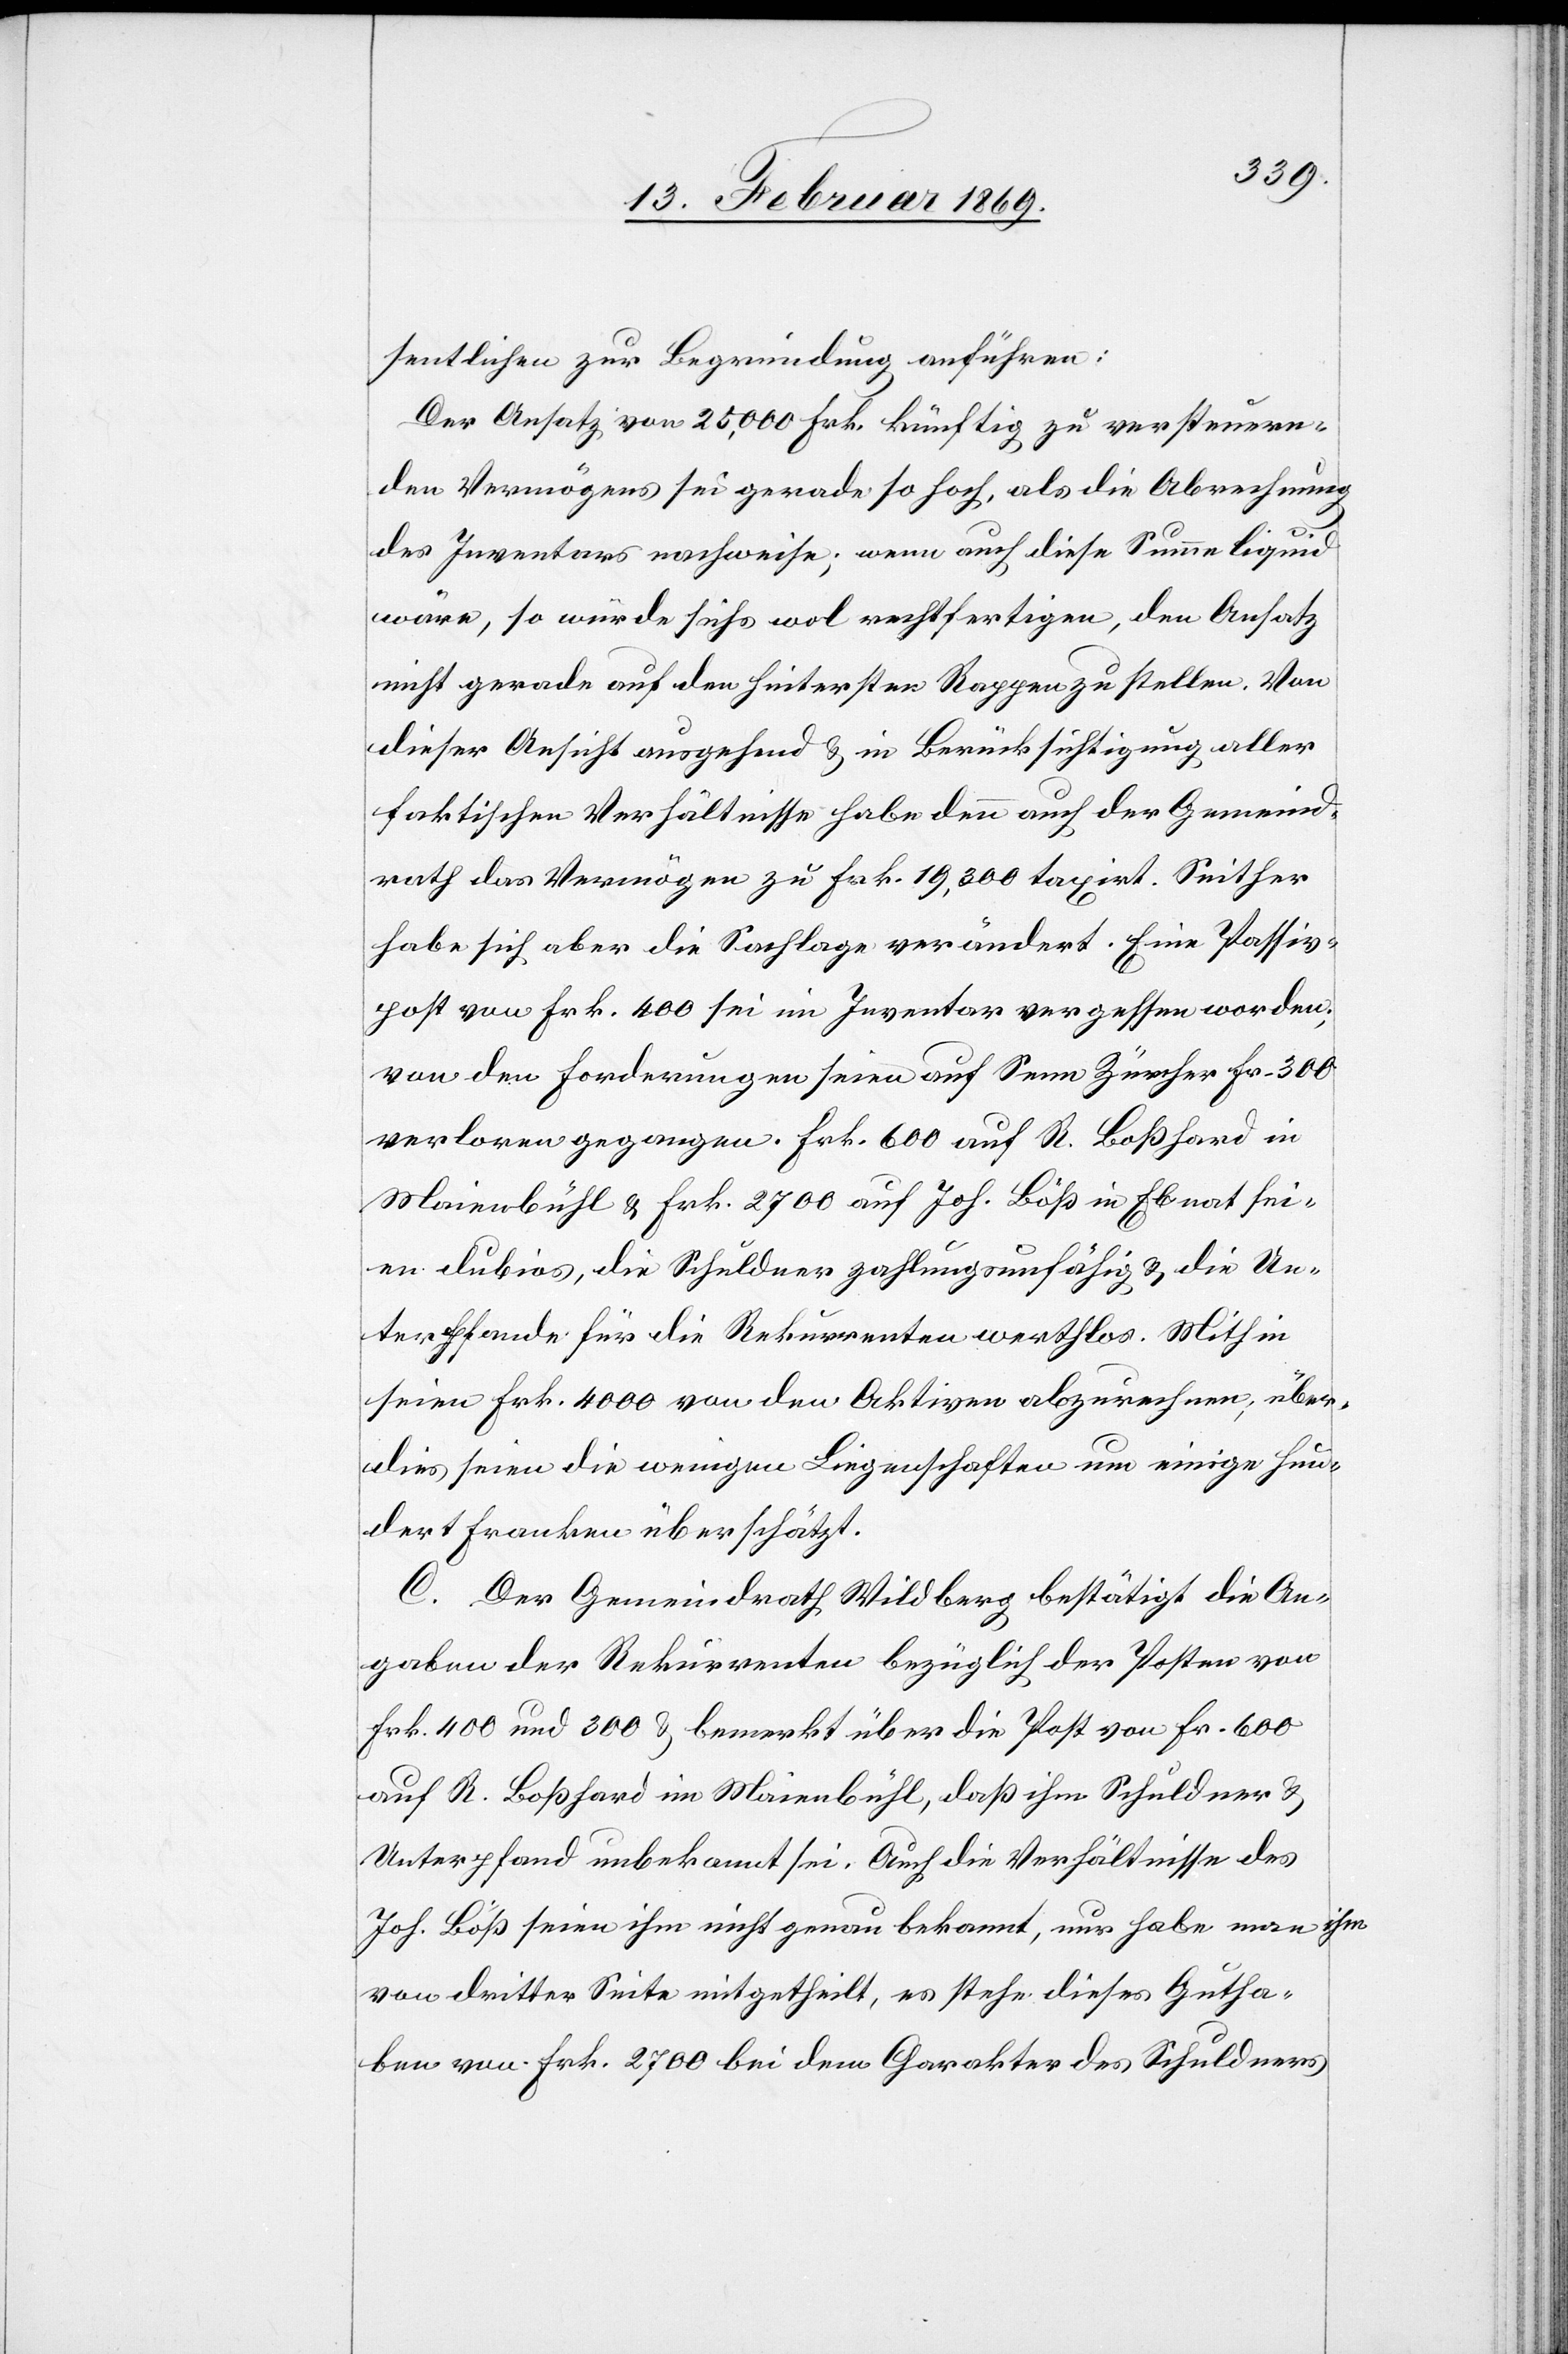
sentlichen zur Begründung anführen:
Der Ansatz von 25,000 Frk. künftig zu versteuern¬
den Vermögens sei gerade so hoch, als die Abrechnung
des Inventars nachweise, wenn auch diese Summe liquid
wäre, so würde sichs wol rechtfertigen, den Ansatz
nicht gerade auf den hintersten Rappen zu stellen. Von
dieser Ansicht ausgehend u. in Berücksichtigung aller
faktischen Verhältnisse haben denn auch der Gemeind¬
rath das Vermögen zu Frk. 19,300 taxirt. Seither
habe sich aber die Sachlage verändert. Eine Passiv¬
post von Frk. 400 sei im Inventar vergessen worden;
von den Forderungen seien auf Senn Zürcher Fr. 300
verloren gegangen. Frk. 600 auf R. Boßhard in
Maienbühl u. Frk. 2700 auf Joh. Böß in Ebnat sei¬
en dubios, die Schuldner zahlungsunfähig u. die Un¬
terpfande für die Rekurrenten werthlos. Mithin
seien Frk. 4000 von den Aktiven abzurechnen, über¬
dies seien die wenigen Liegenschaften um einige hun¬
dert Franken überschätzt.
C. Der Gemeindrath Wildberg bestätigt die An¬
gaben der Rekurrenten bezüglich der Posten von
Frk. 400 und 300 bemerkt über die Post von Fr. 600
auf R. Boßhard im Maienbühl, daß ihm Schuldner u.
Unterpfand unbekannt sei. Auch die Verhältnisse des
Johs. Böß seien ihm nicht genau bekannt, nur habe man
von dritter Seite mitgetheilt, es stehe dieses Gutha¬
ben von Frk. 2700 bei dem Charakter des Schuldners

ihm